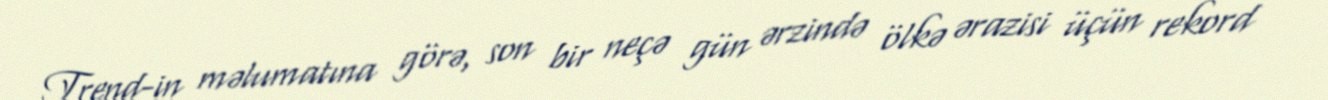
Trend-in məlumatına görə, son bir neçə gün ərzində ölkə ərazisi üçün rekord